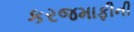
કરજમાફીની